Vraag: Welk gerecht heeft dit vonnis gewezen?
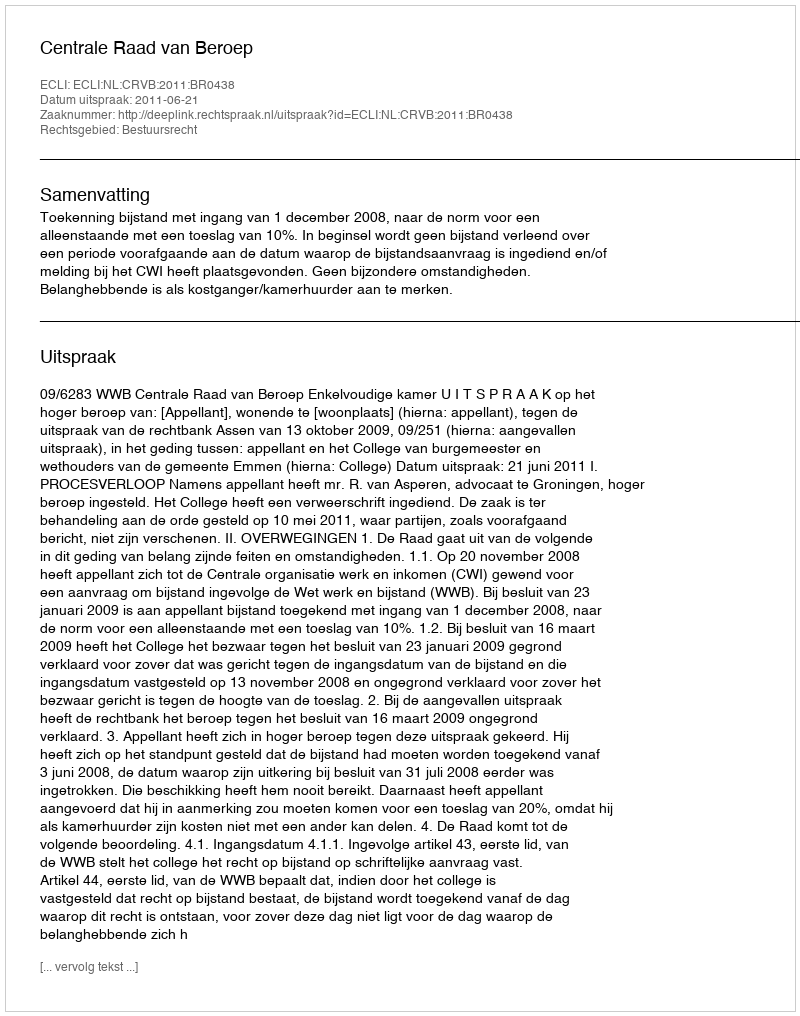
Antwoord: Centrale Raad van Beroep